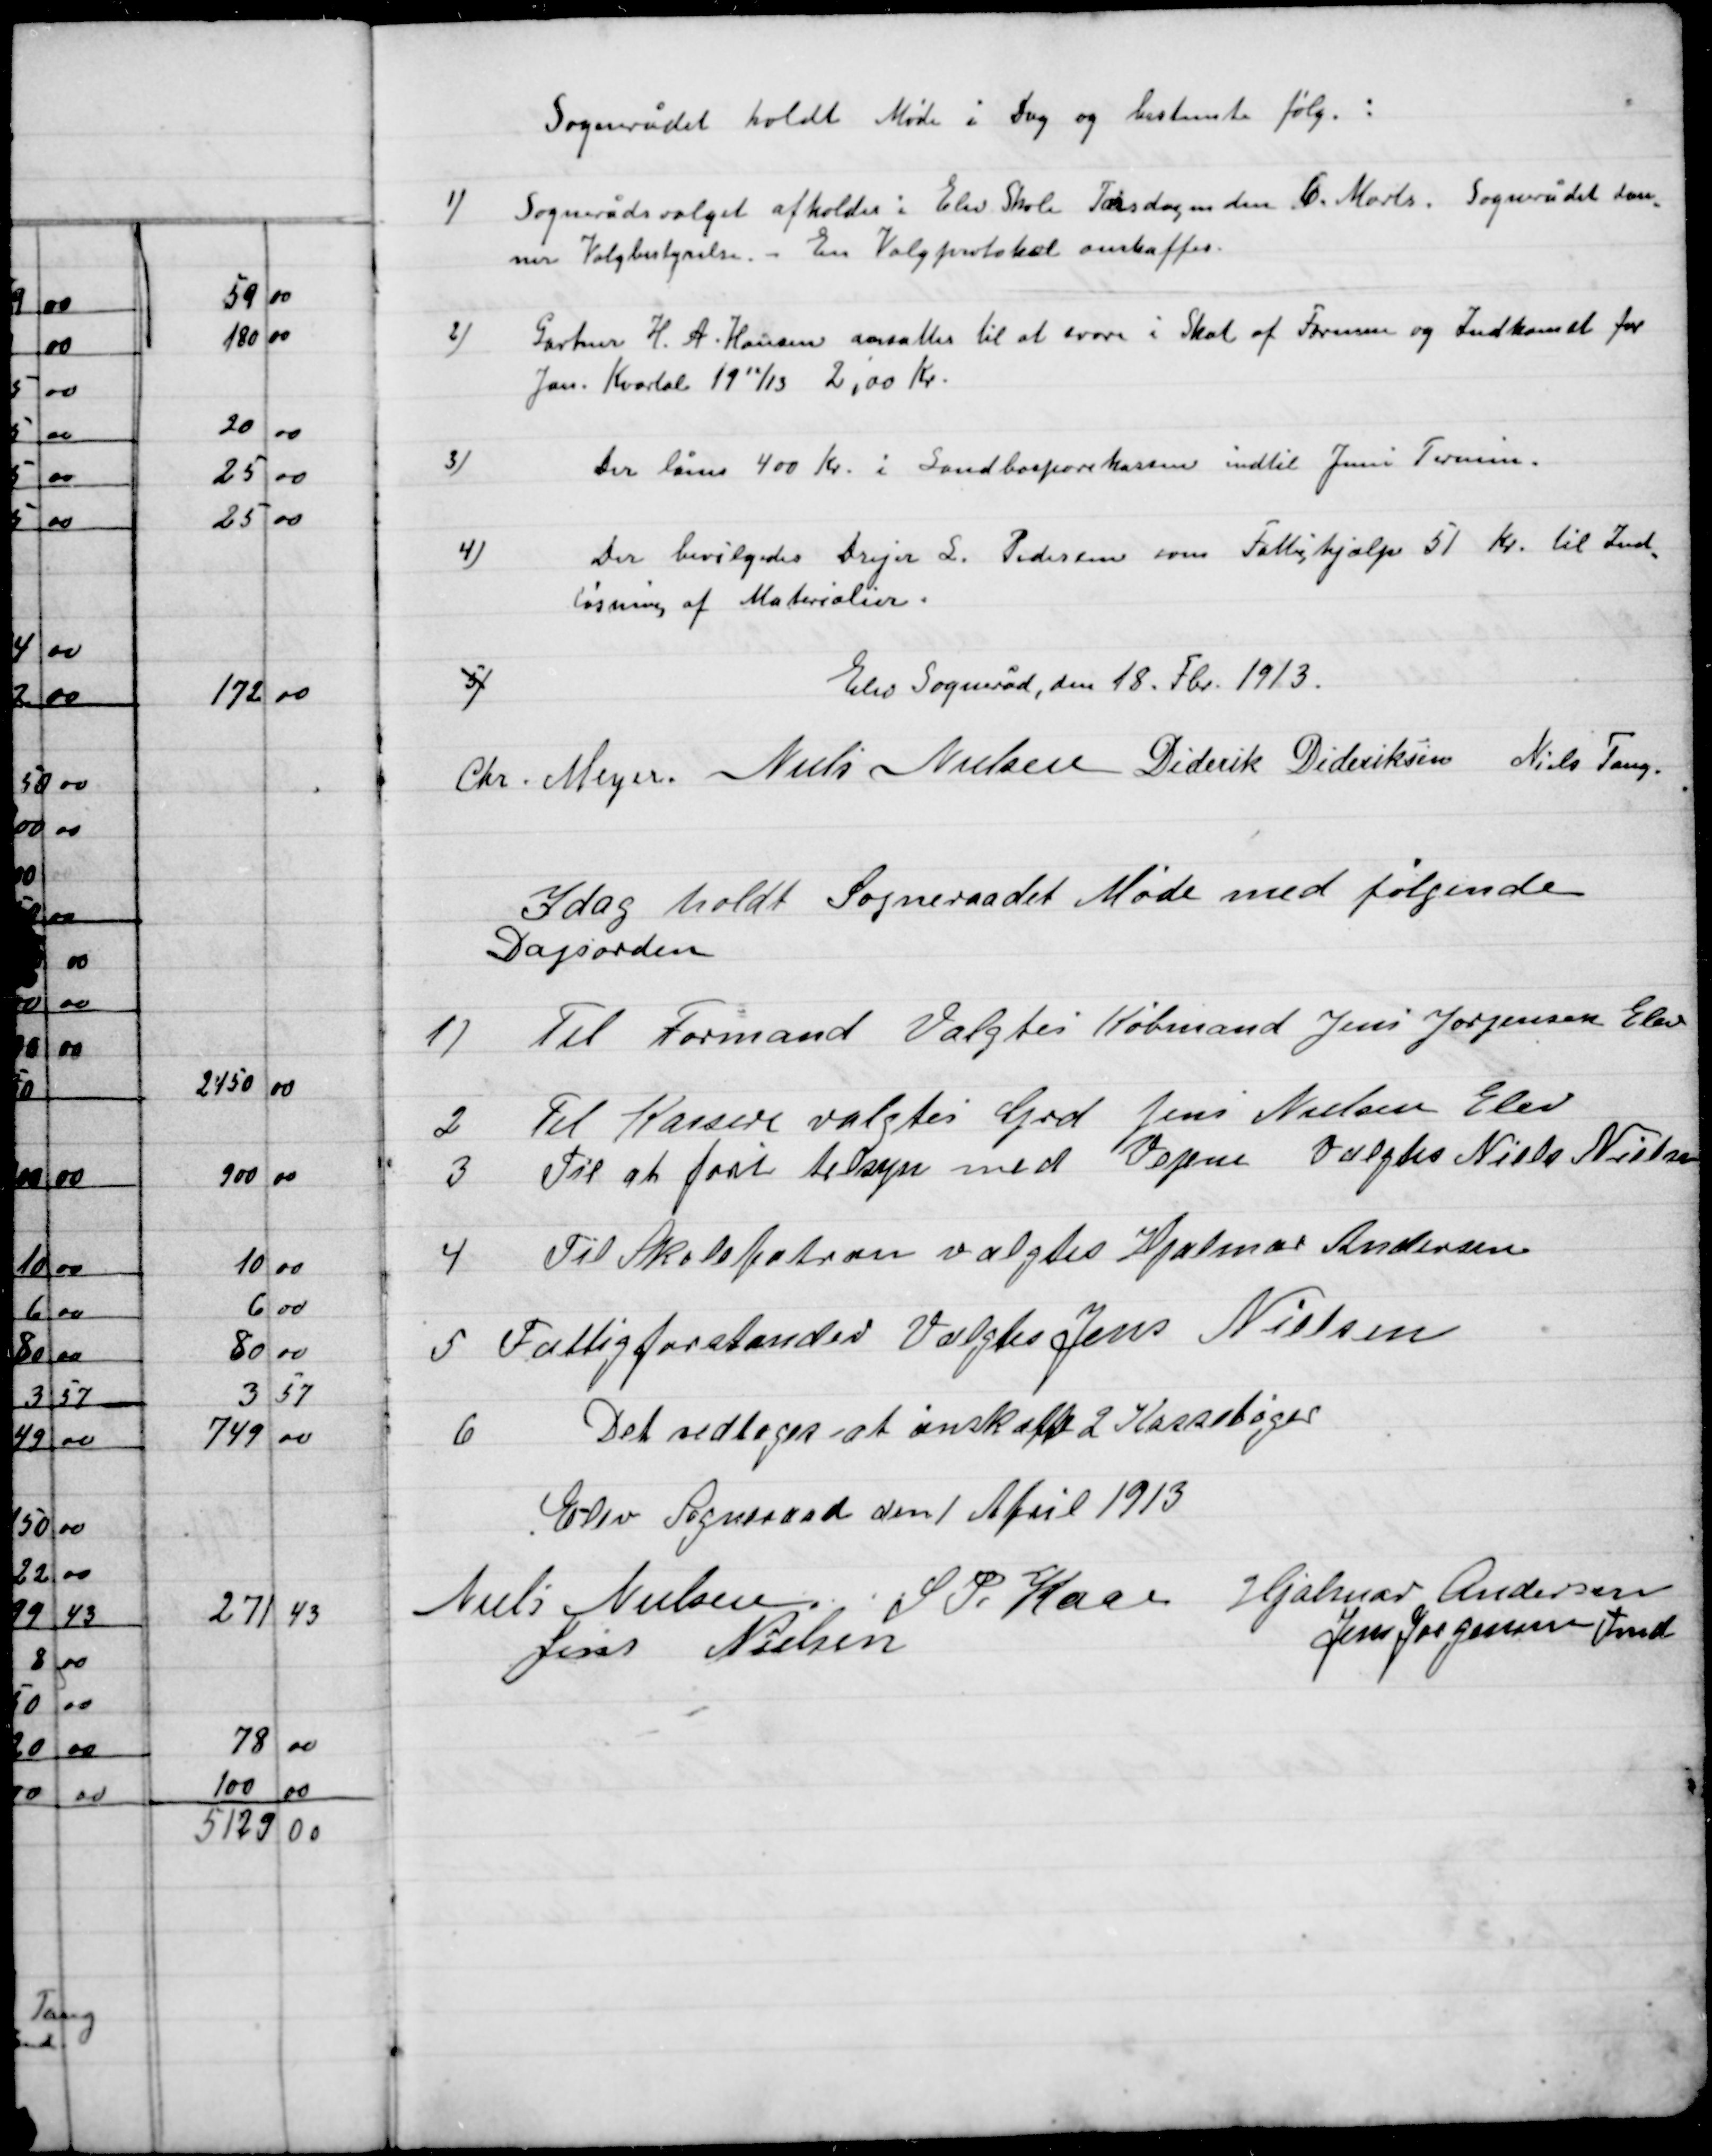
Transskription:
Sogneraadet holdt Møde i Dag og bestemte følg.:

1)

Sognerådsvalget afholdtes i Elev Skole Torsdagen den 6. Marts. Sogneraadet som
mer Valgbestyrelse. En Valgprotokol anskaffes.

2)

Gartner H. A. Hansen ansattes til at svare i Skat af Formue og Indkomst for
Jan. Kvartal 19 12/13 2.00 Kr.

3)

Der lånes 400 Kr. i Sandbosparekassen indtil Juni Termin.

4)

Der bevilgedes Drejer S. Pedersen Fattighjælp 51 Kr. til Ind-
løsning af Materialer.

5)

Elev Sogneraad, den 18 Fbr. 1913.

Chr. Meyer
Niels Nielsen
Diderik Dideriksen
Niels Tang.

I dag holdt Sogneraadet Møde med følgende
Dagsorden.

1)

Til Formand Valgtes Købmand Jens Jørgensen Elev

2

Til Kassere valgtes Grd Jens Nielsen Elev

3

Til at føre tilsyn med Vejene Valgtes Niels Nielsen

4

Til Skolepatron valgtes Hjalmar Andersen

5

Fattigforstander valgtes Jens Nielsen

6

Det vedtoges at anskaffe 2 Kassebøger

Elev Sogneraad den 1 April 1913

Niels Nielsen
S.P. Kaas
Hjalmar Andersen
Jens Nielsen
Jens Jørgensen Fmd.